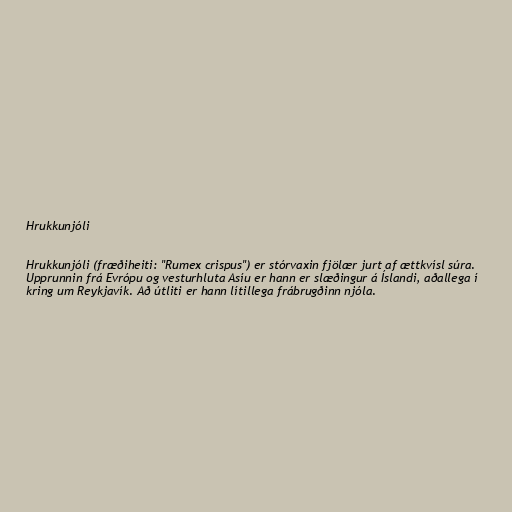
Hrukkunjóli

Hrukkunjóli (fræðiheiti: "Rumex crispus") er stórvaxin fjölær jurt af ættkvísl súra.
Upprunnin frá Evrópu og vesturhluta Asíu er hann er slæðingur á Íslandi, aðallega í
kring um Reykjavík. Að útliti er hann lítillega frábrugðinn njóla.